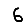
Digit: 6